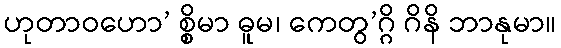
ဟုတာဝဟော’ စ္စိမာ ဓူမ၊ ကေတွ’ဂ္ဂိ ဂိနိ ဘာနုမာ။